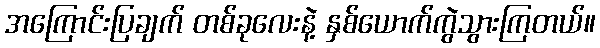
အကြောင်းပြချက် တစ်ခုလေးနဲ့ နှစ်ယောက်ကွဲသွားကြတယ်။